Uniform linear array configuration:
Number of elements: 8
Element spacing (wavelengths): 0.25
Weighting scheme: kaiser
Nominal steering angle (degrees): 60
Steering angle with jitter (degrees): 59.992
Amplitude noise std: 0.05
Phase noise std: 0.05

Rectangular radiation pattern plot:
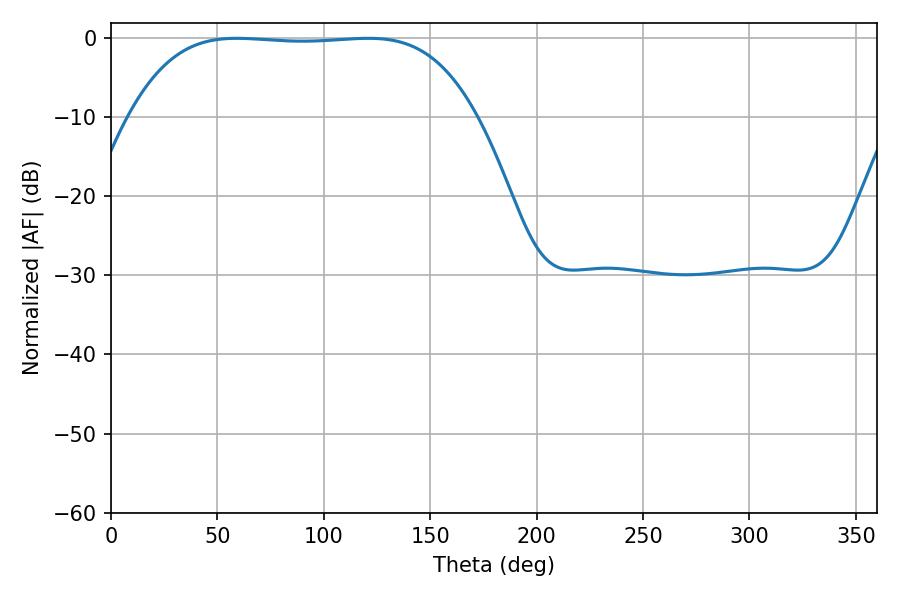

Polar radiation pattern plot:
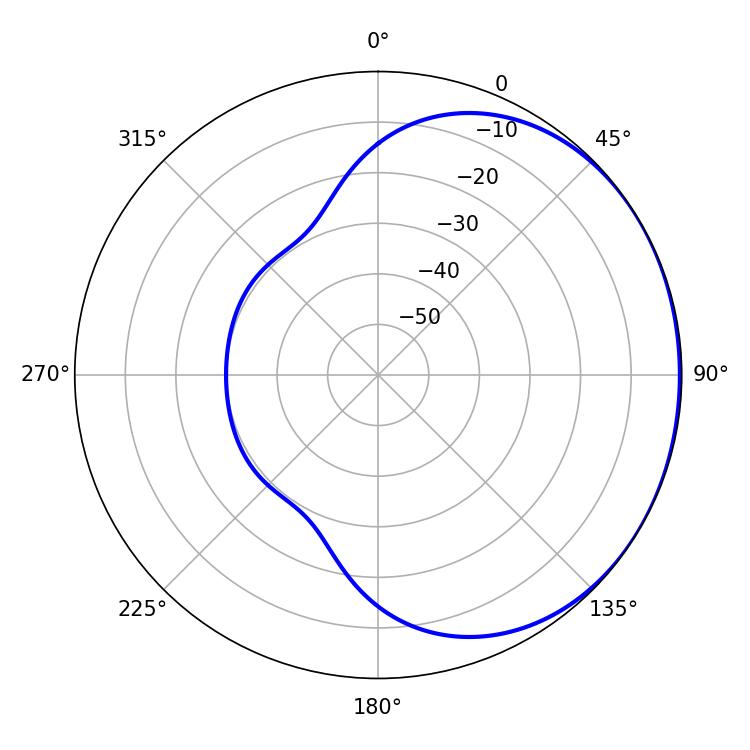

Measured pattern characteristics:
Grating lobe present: FALSE
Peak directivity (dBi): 0.7225
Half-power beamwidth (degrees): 126.36
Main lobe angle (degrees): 59.04